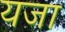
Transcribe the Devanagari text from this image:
यजा